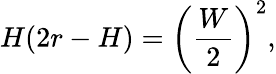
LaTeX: H(2r-H)=\left({\frac{W}{2}}\right)^{2},